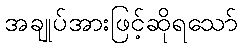
အချုပ်အားဖြင့်ဆိုရသော်